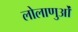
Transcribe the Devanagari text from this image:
लोलाणुओं